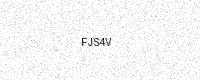
Text: FJS4V